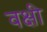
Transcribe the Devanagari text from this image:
वक्षी